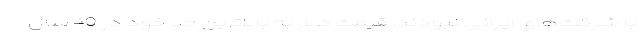
با شرکت‌های ایرانی نبودند. قیمت دلار به بالاترین حد خود در 40 سال